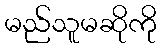
မည်သူမဆိုကို